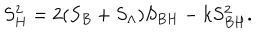
LaTeX: S _ { H } ^ { 2 } = 2 ( S _ { B } + S _ { \Lambda } ) S _ { B H } - k S _ { B H } ^ { 2 } .